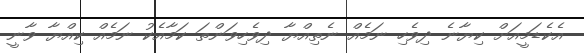
އެކެޑަމީއަށް ކިޔާނެ ދިވެހި ނަމެއް ނެތިއްޔާ ދިވެހިވަންތަ ކަމާއެކު ނަމެއް ކިއްޔާ ވާނީ